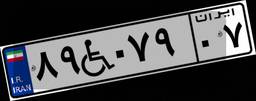
۸۹W۰۷۹۰۷